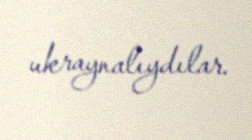
ukraynalıydılar.